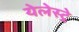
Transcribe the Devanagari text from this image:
येलेस्ट्रे